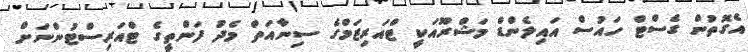
އެގޮތުން ގެސްޓް ހައުސް އައިލެންޑް މަޝްރޫއަކީ ޓްއަރިޒަމްގެ ސިނާއަތް މެދު ފަންތީގެ ޓްއަރިސްޓުންނަށް